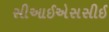
સીઆઈએસસીઈ